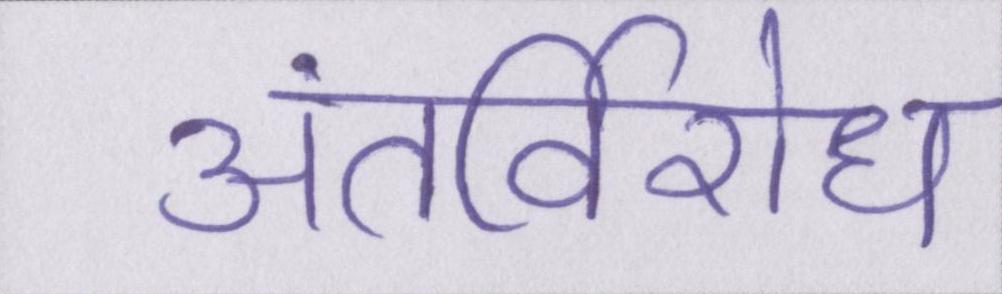
अंतर्विरोध